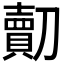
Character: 𠠔